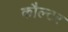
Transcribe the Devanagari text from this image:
कौल्टर